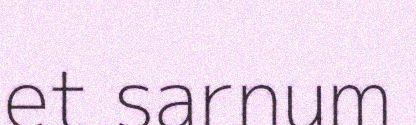
et sarnum